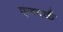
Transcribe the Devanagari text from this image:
एजवर्क